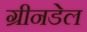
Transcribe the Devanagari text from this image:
ग्रीनडेल